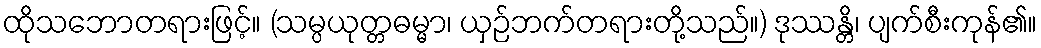
ထိုသဘောတရားဖြင့်။ (သမ္ပယုတ္တဓမ္မာ၊ ယှဉ်ဘက်တရားတို့သည်။) ဒုဿန္တိ၊ ပျက်စီးကုန်၏။